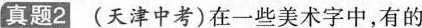
真题2(天津中考)在一些美术字中，有的